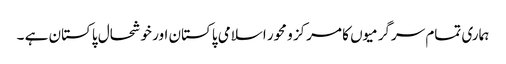
ہماری تمام سرگرمیوں کا مرکز و محور اسلامی پاکستان اور خوشحال پاکستان ہے ۔